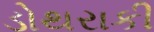
ડોથરાકી